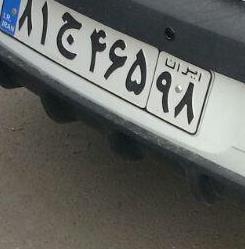
۸۱ج۴۶۵۹۸